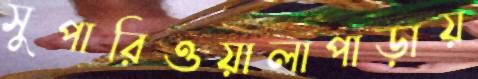
সুপারিওয়ালাপাড়ায়